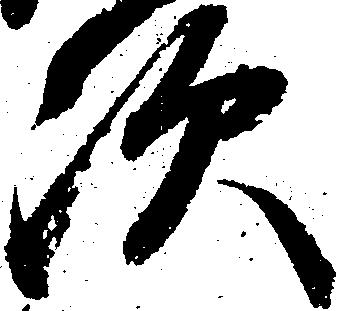
次